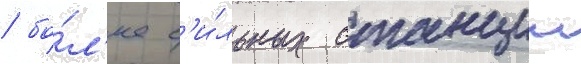
/ бо́л'ее с'и́льных станции